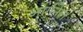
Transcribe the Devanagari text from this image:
ओर्गनेल